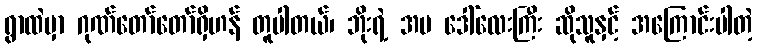
ရွာထဲမှာ ဂုဏ်တော်တော်ရှိဟန် တူပါတယ်၊ ဘိုးရဲ့ အမ ဒေါ်လေးကြီး ဆိုသူနှင့် အကြောင်းပါတဲ့